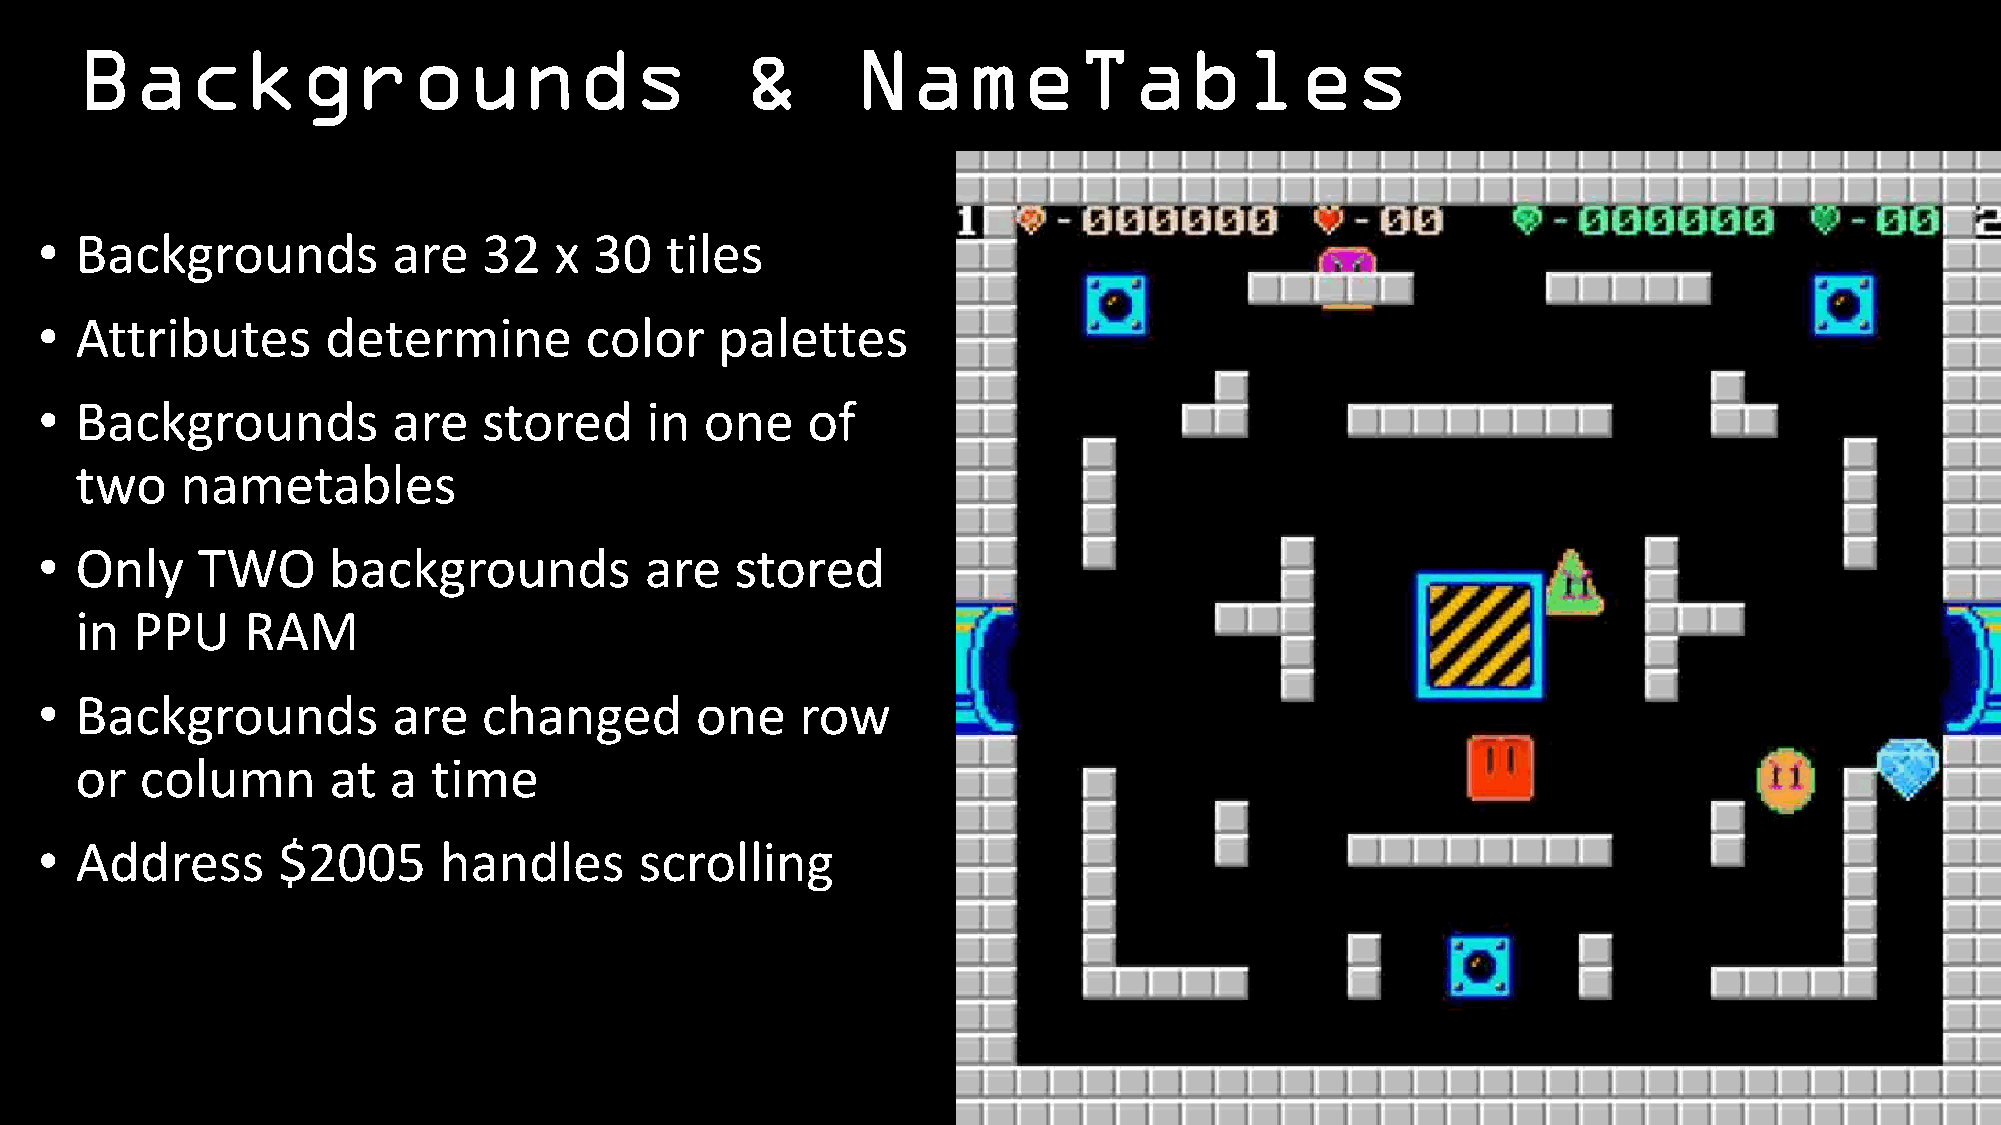
Backgrounds                                 &       NameTables
 • Backgrounds          are   32   x 30   tiles
 • Attributes       determine        color    palettes
 • Backgrounds          are   stored     in  one   of
 two    nametables
 • Only    TWO      backgrounds          are   stored
 in  PPU    RAM
 • Backgrounds          are   changed       one    row
 or  column       at  a  time
 • Address      $2005      handles      scrolling